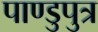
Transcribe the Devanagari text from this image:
पाण्डुपुत्र